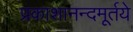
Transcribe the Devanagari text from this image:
प्रकाशानन्दमूर्तये